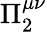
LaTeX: \Pi_{2}^{\mu\nu}